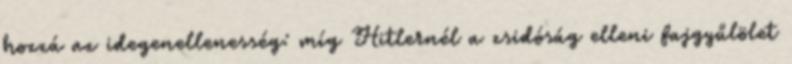
hozzá az idegenellenesség: míg Hitlernél a zsidóság elleni fajgyűlölet